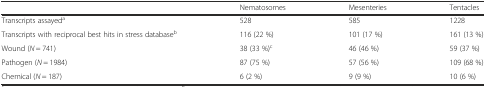
<table><thead><tr><td></td><td><b>Nematosomes</b></td><td><b>Mesenteries</b></td><td><b>Tentacles</b></td></tr></thead><tbody><tr><td>Transcripts assayed<sup>a</sup></td><td>528</td><td>585</td><td>1228</td></tr><tr><td>Transcripts with reciprocal best hits in stress database<sup>b</sup></td><td>116 (22 %)</td><td>101 (17 %)</td><td>161 (13 %)</td></tr><tr><td>Wound (<i>N</i> = 741)</td><td>38 (33 %)<sup>c</sup></td><td>46 (46 %)</td><td>59 (37 %)</td></tr><tr><td>Pathogen (<i>N</i> = 1984)</td><td>87 (75 %)</td><td>57 (56 %)</td><td>109 (68 %)</td></tr><tr><td>Chemical (<i>N</i> = 187)</td><td>6 (2 %)</td><td>9 (9 %)</td><td>10 (6 %)</td></tr></tbody></table>